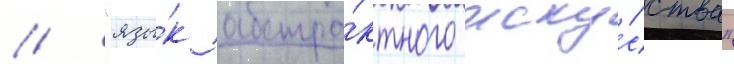
// "язы́к абстра́ктного иску́сства"